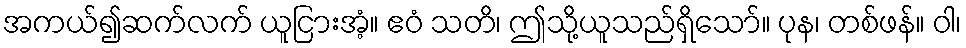
အကယ်၍ဆက်လက် ယူငြားအံ့။ ဧဝံ သတိ၊ ဤသို့ယူသည်ရှိသော်။ ပုန၊ တစ်ဖန်။ ဝါ၊